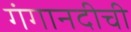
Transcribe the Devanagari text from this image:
गंगानदीची